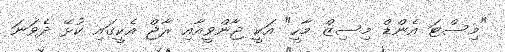
"މިސްޓަ އެންޑް މިސިޒް މާހީ" އަކީ ޖާންވީއާއި ރާޖް އެކީގައި ކުޅޭ ދެވަނަ